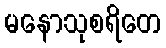
မနောသုစရိတေ